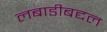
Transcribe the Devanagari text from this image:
लबाडीबद्दल